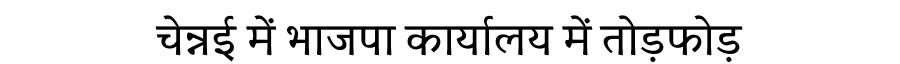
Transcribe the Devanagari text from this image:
चेन्नई में भाजपा कार्यालय में तोड़फोड़